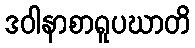
ဒဝါနာစာရူပဃာတိ